Report of the Indian Hemp Drugs Commission, 1894-1895 - Volume IV
Year: 1894
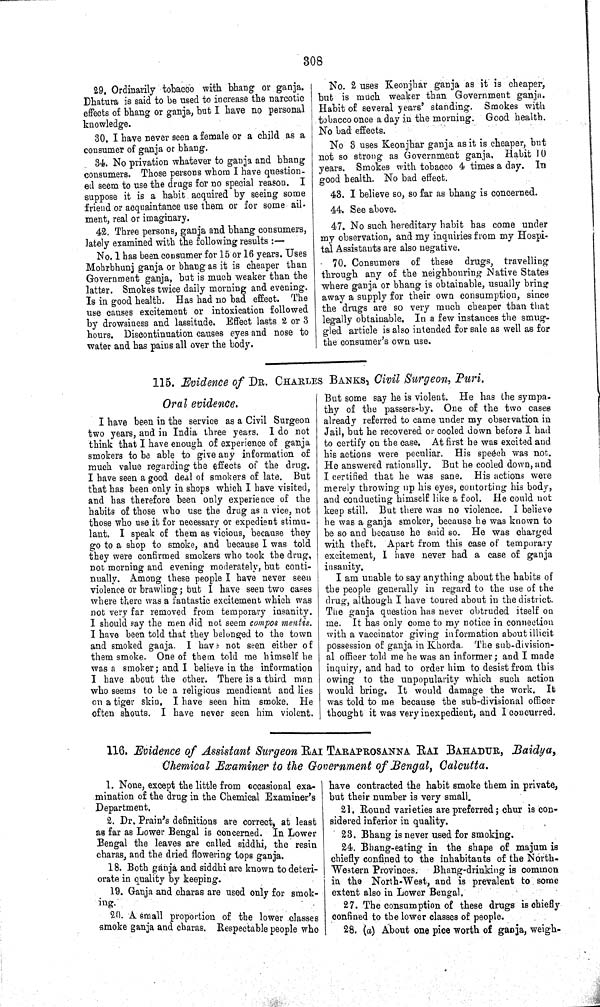
308
29. Ordinarily tobacco with bhang or ganja.
Dhatura is said to be used to increase the narcotic
effects of bhang or ganja, but I have no personal
knowledge.
30. I have never seen a female or a child as a
consumer of ganja or bhang.
34. No privation whatever to ganja and bhang
consumers. Those persons whom I have question-
ed seem to use the drugs for no special reason. I
suppose it is a habit acquired by seeing some
friend or acquaintance use them or for some ail-
ment, real or imaginary.
42. Three persons, ganja and bhang consumers,
lately examined with the following results:—
No. 1 has been consumer for 15 or 16 years. Uses
Mohrbhunj ganja or bhang as it is cheaper than
Government ganja, but is much weaker than the
latter. Smokes twice daily morning and evening.
Is in good health. Has had no bad effect. The
use causes excitement or intoxication followed
by drowsiness and lassitude. Effect lasts 2 or 3
hours. Discontinuation causes eyes and nose to
water and has pains all over the body.
No. 2 uses Keonjhar ganja as it is cheaper,
but is much weaker than Government ganja.
Habit of several years' standing. Smokes with
tobacco once a day in the morning. Good health.
No bad effects.
No 3 uses Keonjhar ganja as it is cheaper, but
not so strong as Government ganja. Habit 10
years. Smokes with tobacco 4 times a day. In
good health. No bad effect.
43. I believe so, so far as bhang is concerned.
44. See above.
47. No such hereditary habit has come under
my observation, and my inquiries from my Hospi-
tal Assistants are also negative.
70. Consumers of these drugs, travelling
through any of the neighbouring Native States
where ganja or bhang is obtainable, usually bring
away a supply for their own consumption, since
the drugs are so very much cheaper than that
legally obtainable. In a few instances the smug-
gled article is also intended for sale as well as for
the consumer's own use.
115. Evidence of DR. CHARLES BANKS, Civil Surgeon, Puri.
Oral evidence.
I have been in the service as a Civil Surgeon
two years, and in India three years. I do not
think that I have enough of experience of ganja
smokers to be able to give any information of
much value regarding the effects of the drug.
I have seen a good deal of smokers of late. But
that has been only in shops which I have visited,
and has therefore been only experience of the
habits of those who use the drug as a vice, not
those who use it for necessary or expedient stimu-
lant. I speak of them as vicious, because they
go to a shop to smoke, and because I was told
they were confirmed smokers who took the drug,
not morning and evening moderately, but conti-
nually. Among these people I have never seen
violence or brawling; but I have seen two cases
where there was a fantastic excitement which was
not very far removed from temporary insanity.
I should say the men did not seem compos mentis.
I have been told that they belonged to the town
and smoked ganja. I have not seen either of
them smoke. One of them told me himself he
was a smoker; and I believe in the information
I have about the other. There is a third man
who seems to be a religious mendicant and lies
on a tiger skin. I have seen him smoke. He
often shouts. I have never seen him violent.
But some say he is violent. He has the sympa-
thy of the passers-by. One of the two cases
already referred to came under my observation in
Jail, but he recovered or cooled down before I had
to certify on the case. At first he was excited and
his actions were peculiar. His speech was not.
He answered rationally. But he cooled down, and
I certified that he was sane. His actions were
merely throwing up his eyes, contorting his body,
and conducting himself like a fool. He could not
keep still. But there was no violence. I believe
he was a ganja smoker, because he was known to
be so and because he said so. He was charged
with theft. Apart from this case of temporary
excitement, I have never had a case of ganja
insanity.
I am unable to say anything about the habits of
the people generally in regard to the use of the
drug, although I have toured about in the district.
The ganja question has never obtruded itself on
me. It has only come to my notice in connection
with a vaccinator giving information about illicit
possession of ganja in Khorda. The sub-division-
al officer told me he was an informer; and I made
inquiry, and had to order him to desist from this
owing to the unpopularity which such action
would bring. It would damage the work. It
was told to me because the sub-divisional officer
thought it was very inexpedient, and I concurred.
116. Evidence of Assistant Surgeon RAI TARAPROSANNA RAI BAHADUR, Baidya,
Chemical Examiner to the Government of Bengal, Calcutta.
1. None, except the little from occasional exa-
mination of the drug in the Chemical Examiner's
Department.
2. Dr. Prain's definitions are correct, at least
as far as Lower Bengal is concerned. In Lower
Bengal the leaves are called siddhi, the resin
charas, and the dried flowering tops ganja.
18. Both ganja and siddhi are known to deteri-
orate in quality by keeping.
19. Ganja and charas are used only for smok-
ing.
20. A small proportion of the lower classes
smoke ganja and charas. Respectable people who
have contracted the habit smoke them in private,
but their number is very small.
21. Round varieties are preferred; chur is con-
sidered inferior in quality.
23. Bhang is never used for smoking.
24. Bhang-eating in the shape of majum is
chiefly confined to the inhabitants of the North-
Western Provinces.
Bhang-drinking is common
in the North-West, and is prevalent to some
extent also in Lower Bengal.
27. The consumption of these drugs is chiefly
confined to the lower classes of people.
28. (a) About one pice worth of ganja, weigh-